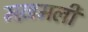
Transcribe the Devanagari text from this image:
मख़मली